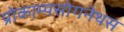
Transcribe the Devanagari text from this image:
प्रोकाम्‍पसोगनेथस